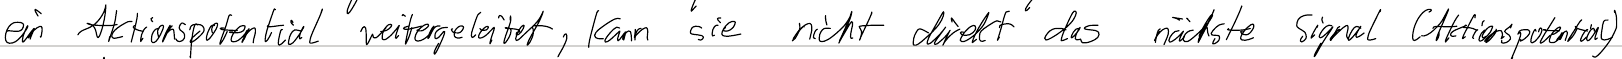
ein Aktionspotential weitergeleitet, kann sie nicht direkt das nächste Signal (Aktionspotential)